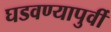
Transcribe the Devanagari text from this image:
घडवण्यापुर्वी